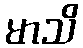
မာသိ